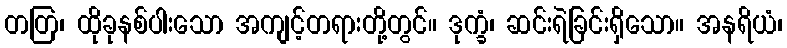
တတြ၊ ထိုခုနစ်ပါးသော အကျင့်တရားတို့တွင်။ ဒုက္ခံ၊ ဆင်းရဲခြင်းရှိသော။ အနရိယံ၊